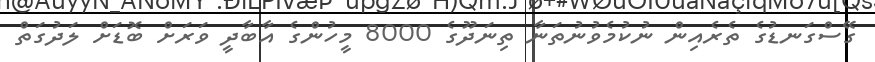
ގޭސްގަނޑުގެ ތެރެއިން ނުކުމެވުނުތަނާ ތިނަދޫގެ 8000 މީހުންގެ އާބާދީ ވަރަށް ބޮޑަށް ލަދުގަތް